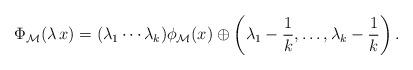
LaTeX: \begin{align*} \Phi_{\mathcal{M}}(\lambda\, x) = (\lambda_1\cdots \lambda_k) \phi_{\mathcal{M}}(x)\oplus \left(\lambda_1-\frac{1}{k},\ldots, \lambda_k-\frac{1}{k}\right). \end{align*}